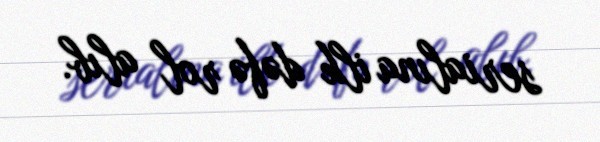
serialına ilk dəfə rol alıb.